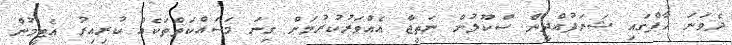
ދެވަނަ ހާފްގައި ޝަރަފުއްދީން ސްކޫލުން ނަތީޖާ އެއްވަރުކުރުމަށް ގިނަ މަސައްކަތްތަކެއް ކުރިއިރު އެޓީމުން